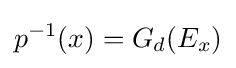
p^{-1}(x)=G_{d}(E_{x})